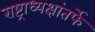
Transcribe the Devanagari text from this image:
राष्ट्राध्यक्षांतर्फे